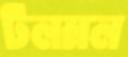
টলমল